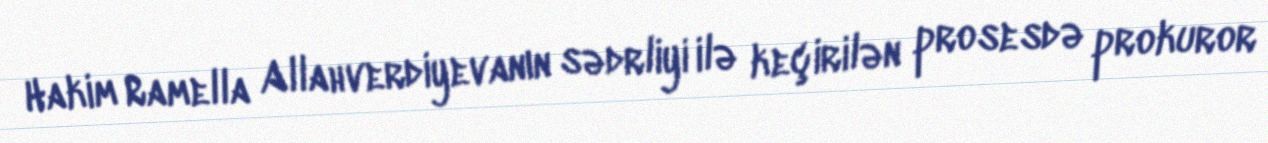
Hakim Ramella Allahverdiyevanın sədrliyi ilə keçirilən prosesdə prokuror